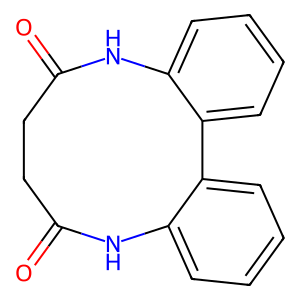
SMILES: O=C1CCC(=O)Nc2ccccc2-c2ccccc2N1
Inhibits HIV replication: No